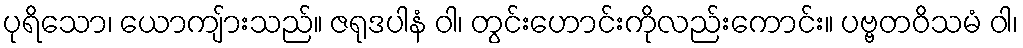
ပုရိသော၊ ယောကျ်ားသည်။ ဇရုဒပါနံ ဝါ၊ တွင်းဟောင်းကိုလည်းကောင်း။ ပဗ္ဗတဝိသမံ ဝါ၊